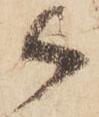
御